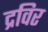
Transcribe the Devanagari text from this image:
द्रविर